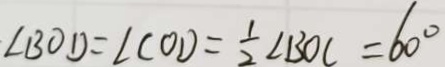
\angle B O D = \angle C O D = \frac { 1 } { 2 } \angle B O C = 6 0 ^ { \circ }